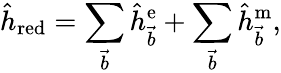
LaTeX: \hat{h}_{\mathrm{red}}=\sum_{\vec{b}}\hat{h}_{\vec{b}}^{\mathrm{e}}+\sum_{\vec{b}}\hat{h}_{\vec{b}}^{\mathrm{m}},